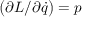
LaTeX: { \bigl ( } \partial L / \partial { \dot { q } } { \bigr ) } = p